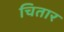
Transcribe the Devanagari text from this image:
चितार